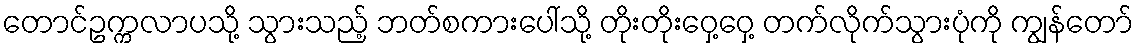
တောင်ဥက္ကလာပသို့ သွားသည့် ဘတ်စကားပေါ်သို့ တိုးတိုးဝှေ့ဝှေ့ တက်လိုက်သွားပုံကို ကျွန်တော်